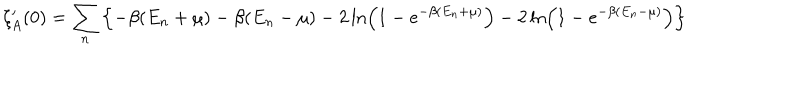
\zeta _ { A } ^ { \prime } ( 0 ) = \sum _ { n } \left\{ - \beta ( E _ { n } + \mu ) - \beta ( E _ { n } - \mu ) - 2 \ln \left( 1 - e ^ { - \beta ( E _ { n } + \mu ) } \right) - 2 \ln \left( 1 - e ^ { - \beta ( E _ { n } - \mu ) } \right) \right\}